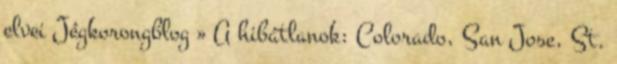
elvei Jégkorongblog » A hibátlanok: Colorado, San Jose, St.